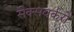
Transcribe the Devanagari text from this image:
सेक्सवर्करों